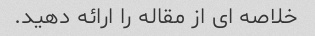
خلاصه ای از مقاله را ارائه دهید.